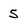
Character: 5